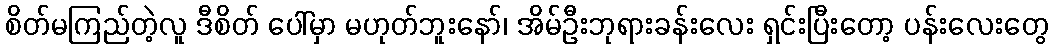
စိတ်မကြည်တဲ့လူ ဒီစိတ် ပေါ်မှာ မဟုတ်ဘူးနော်၊ အိမ်ဦးဘုရားခန်းလေး ရှင်းပြီးတော့ ပန်းလေးတွေ